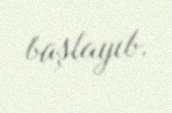
başlayıb.